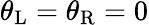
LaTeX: \theta_{\mathrm{L}}=\theta_{\mathrm{R}}=0